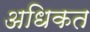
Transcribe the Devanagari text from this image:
अधिकत